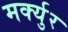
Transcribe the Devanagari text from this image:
मर्क्युर